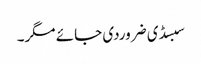
سبسڈی ضروردی جائے مگر۔